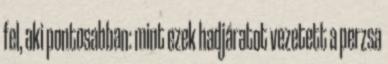
fel, aki pontosabban: mint ezek hadjáratot vezetett a perzsa